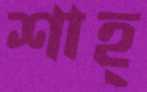
শাহ্